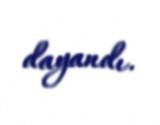
dayandı.